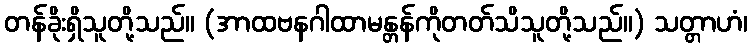
တန်ခိုးရှိသူတို့သည်။ (အာထဗနဂါထာမန္တန်ကိုတတ်သိသူတို့သည်။) သတ္တာဟံ၊